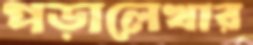
পড়ালেখার